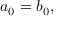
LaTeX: a _ { 0 } = b _ { 0 } ,